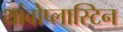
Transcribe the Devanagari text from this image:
थ्रांबोप्लास्टिन